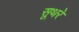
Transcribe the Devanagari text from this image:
सूथरे